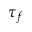
\tau _ { f }